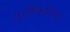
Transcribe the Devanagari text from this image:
पानीकरोला